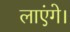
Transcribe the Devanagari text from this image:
लाएंगे।